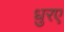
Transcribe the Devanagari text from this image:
धुरए